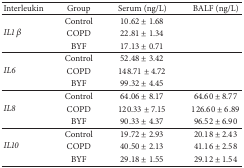
<table><thead><tr><td><b>Interleukin</b></td><td><b>Group</b></td><td><b>Serum (ng/L)</b></td><td><b>BALF (ng/L)</b></td></tr></thead><tbody><tr><td rowspan="3"><i>IL1 β</i></td><td>Control</td><td>10.62 ± 1.68</td><td> </td></tr><tr><td>COPD</td><td>22.81 ± 1.34</td><td> </td></tr><tr><td>BYF</td><td>17.13 ± 0.71</td><td> </td></tr><tr><td rowspan="3"><i>IL6 </i></td><td>Control</td><td>52.48 ± 3.42</td><td> </td></tr><tr><td>COPD</td><td>148.71 ± 4.72</td><td> </td></tr><tr><td>BYF</td><td>99.32 ± 4.45</td><td> </td></tr><tr><td rowspan="3"><i>IL8 </i></td><td>Control</td><td>64.06 ± 8.17</td><td>64.60 ± 8.77</td></tr><tr><td>COPD</td><td>120.33 ± 7.15</td><td>126.60 ± 6.89</td></tr><tr><td>BYF</td><td>90.33 ± 4.37</td><td>96.52 ± 6.90</td></tr><tr><td rowspan="3"><i>IL10 </i></td><td>Control</td><td>19.72 ± 2.93</td><td>20.18 ± 2.43</td></tr><tr><td>COPD</td><td>40.50 ± 2.13</td><td>41.16 ± 2.58</td></tr><tr><td>BYF</td><td>29.18 ± 1.55</td><td>29.12 ± 1.54</td></tr></tbody></table>